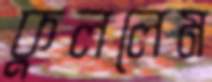
কুললেম